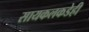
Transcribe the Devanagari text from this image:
सायकलकडेही